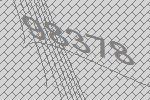
98378